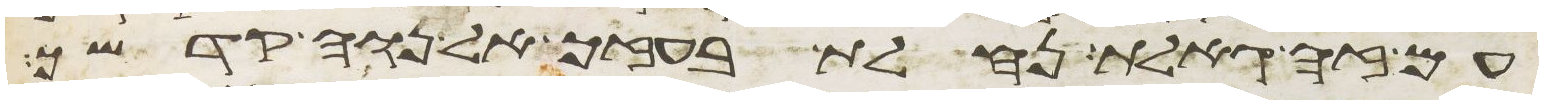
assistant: עם זה גאלת נחלת בעזך אל נוה קדשך